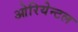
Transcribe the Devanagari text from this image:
ओरियेन्टल